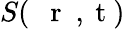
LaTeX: S(\mathrm{~{~\mathbf~r~}~,~t~})